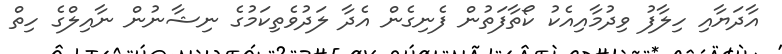
އާދަޔާއި ހިލާފު ވިދުމާއިއެކު ކޯތާފަތުން ފެނިގެން އެދާ ލަދުވެތިކަމުގެ ނިޝާނުން ނާއިލްގެ ހިތް